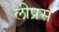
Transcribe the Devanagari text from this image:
लीप्रस